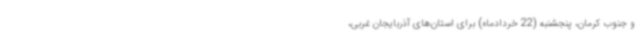
و جنوب کرمان، پنجشنبه (22 خردادماه) برای استان‌های آذربایجان غربی،